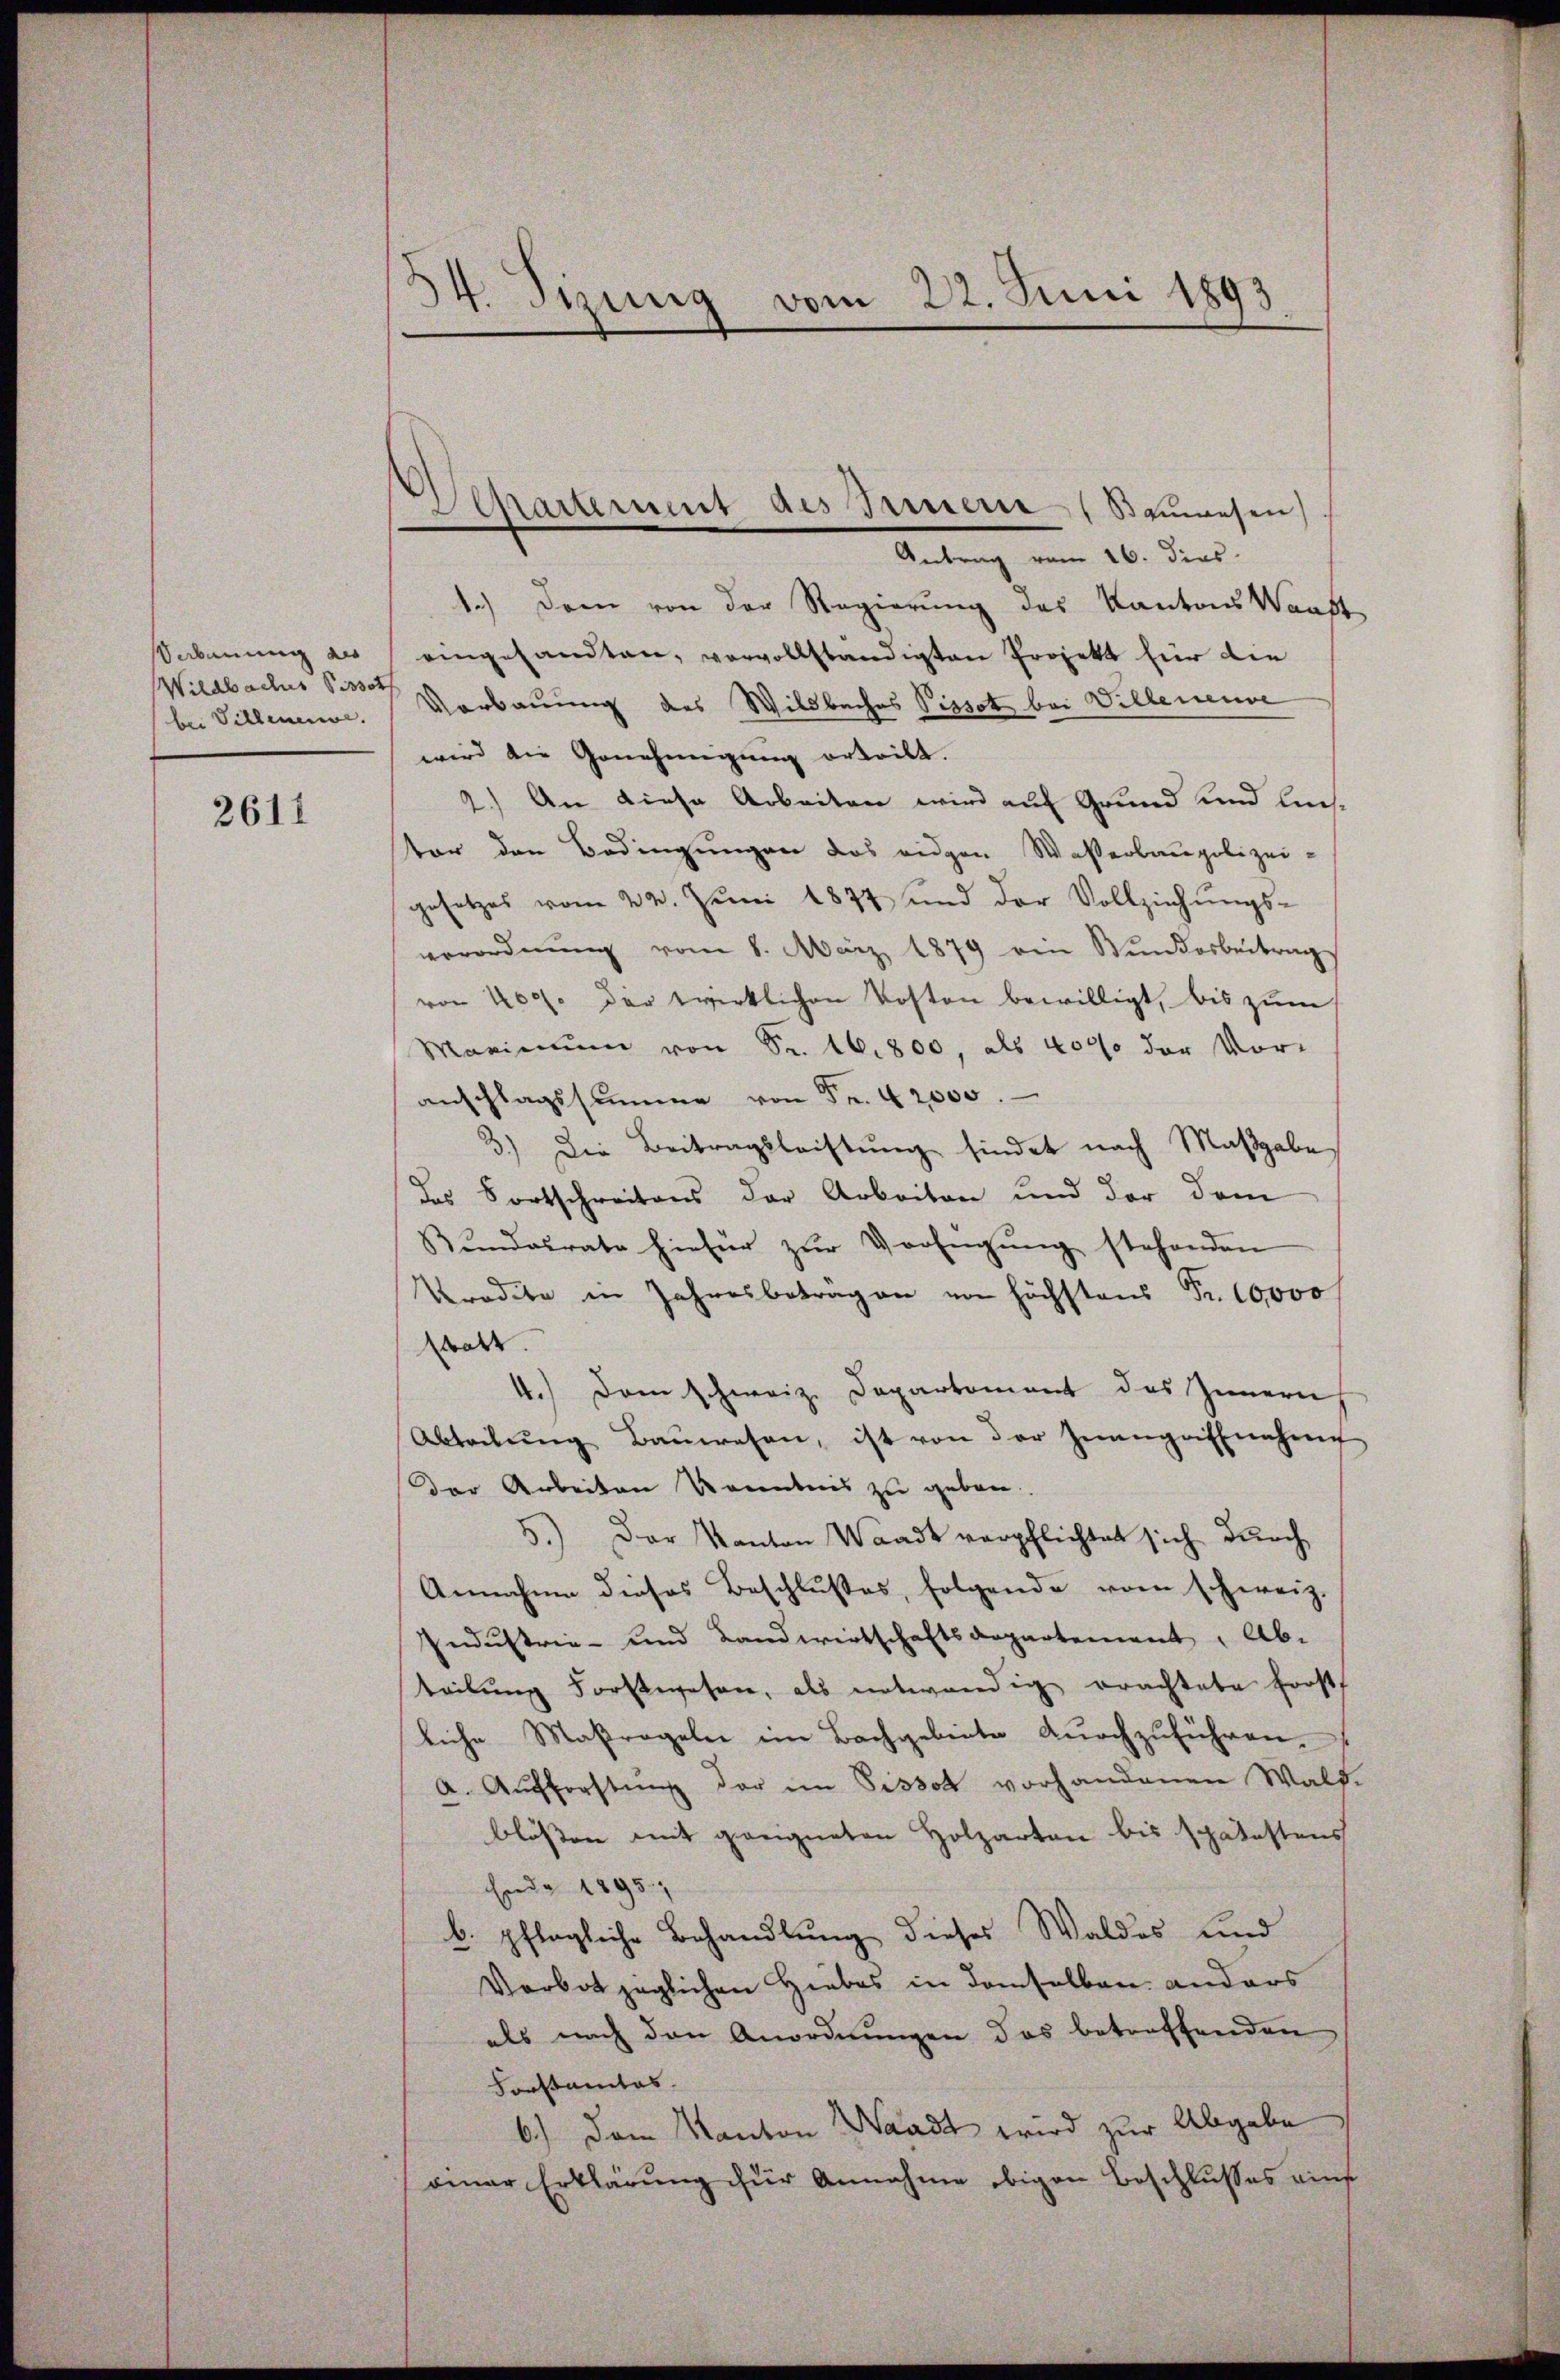
abauung des
Wildbaches Pissot
bei Villenene.

2611

34. Sizung vom 22. Juni 1893

Antrag vom 16. dies
1.) Dem von der Regierung des Kantons Wanst
eingesandten, vorvollständigten Projekt für die
Verbauung des Wildbaches Pissot bei Willeneuve
wird die Genehmigung erteilt.
2.) An diese Arbeiten wird auf Grund und lies-
ter den Bedingungen das eidgen Waßerbaupolizei-
gesetzes vom 22. Juni 1877 und der Vollziehungs-
verordnŭng vom 8. März 1879 ein Stŭndarbeitrag
von 200. der zwirklichen Kosten bewilligt, bis zum
Maximum von Sr. 16. 800, als 4000 der Vor-
anschlagssumme von Fr. 42000.
3.) Die Beitragsleistung findet nach Maßgabe
des Fortschreitens der Arbeiten und der dem
Rŭndesrate hiefür zŭr Verfügŭng stehenden
Kredite in Jahresbeträgen von höchstens Fr. 10000
statt.
4.) Dem schweiz. Departement des Innern
Abtretŭng Baŭwesen, ist von der Inangriffnahme
der Arbeiten Kenntnis zu geben.
5.) Der Kanton Waadt verpflichtet sich durch
Annahme dieses Beschlusses, folgende vom schweiz.
Industrie- und Landwirtschaftsdepartement. Ab-
teilŭng Forstwesen, als notwendig erachtete Forst
liche Maßregeln im Bachgebiete durchzuführen.
a. Aufforstung der im Pissot vorhandenen Waldblossen mit geeigneten Holzarten bis spätestens
Ende 1895.
b. pflegliche Behandlung dieses Waldes und
Verbot züglichen Hiebes in demselben anders
als nach den Anordnungen das betreffenden
Forstamtes.
6.) Dem Kanton Waadt wird zur Abgabe
ainer Erklärung für Annahme obigen Beschlusses auf

Departement des Innern (Bauwesen